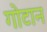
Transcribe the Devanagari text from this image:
गोटान